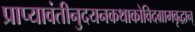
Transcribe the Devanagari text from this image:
प्राप्यावंतीनुदयनकथाकोविदग्रामवृद्धान्